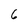
Character: 6